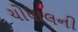
ચોપાલની